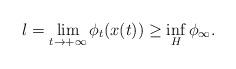
LaTeX: \begin{align*}l=\lim_{t\to +\infty}\phi_t(x(t))\geq \inf_H \phi_\infty.\end{align*}